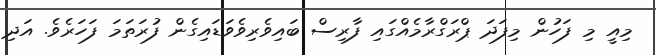
މިއީ މި ފަހުން މިފަދަ ޕްރަގްރާމެއްގައި ފާރިސް ބައިވެރިވެވަޑައިގެން ފުރަތަމަ ފަހަރެވެ. އަދި